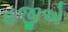
હજીએ